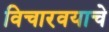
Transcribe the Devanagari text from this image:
विचारवयाचे